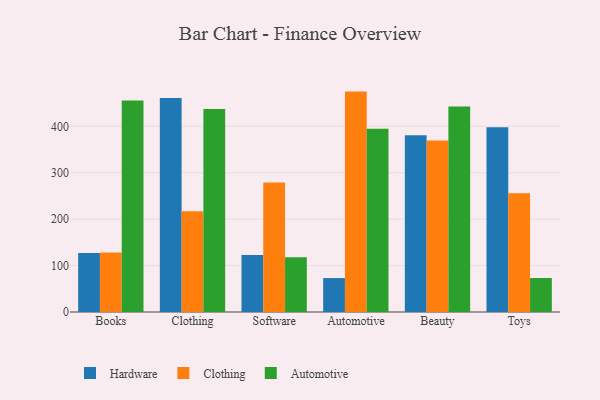
{"axis": {"x": "Category", "y": "Backlog"}, "legend": ["Automotive", "Clothing", "Hardware"], "data": [{"x": "Books", "y": 127.0, "type": "Hardware"}, {"x": "Books", "y": 128.2, "type": "Clothing"}, {"x": "Books", "y": 455.4, "type": "Automotive"}, {"x": "Clothing", "y": 461.2, "type": "Hardware"}, {"x": "Clothing", "y": 216.8, "type": "Clothing"}, {"x": "Clothing", "y": 437.3, "type": "Automotive"}, {"x": "Software", "y": 122.7, "type": "Hardware"}, {"x": "Software", "y": 278.9, "type": "Clothing"}, {"x": "Software", "y": 117.7, "type": "Automotive"}, {"x": "Automotive", "y": 73.1, "type": "Hardware"}, {"x": "Automotive", "y": 474.8, "type": "Clothing"}, {"x": "Automotive", "y": 394.9, "type": "Automotive"}, {"x": "Beauty", "y": 381.0, "type": "Hardware"}, {"x": "Beauty", "y": 369.5, "type": "Clothing"}, {"x": "Beauty", "y": 442.9, "type": "Automotive"}, {"x": "Toys", "y": 397.9, "type": "Hardware"}, {"x": "Toys", "y": 256.0, "type": "Clothing"}, {"x": "Toys", "y": 73.2, "type": "Automotive"}]}